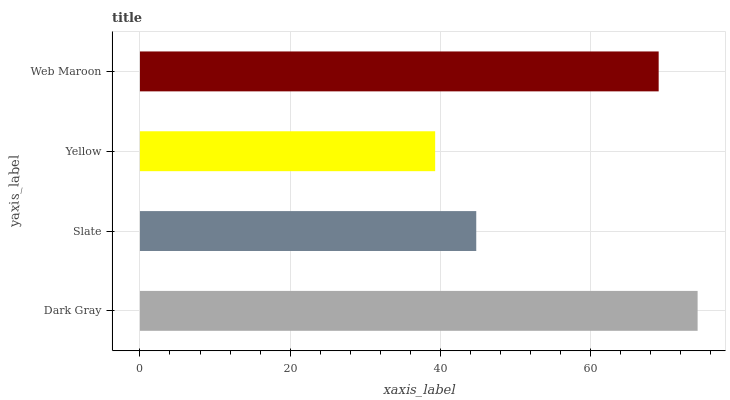
| yaxis_label | bars |
 | --- | --- |
 | Dark Gray | 74.3 |
 | Slate | 44.8 |
 | Yellow | 39.3 |
 | Web Maroon | 69.1 |